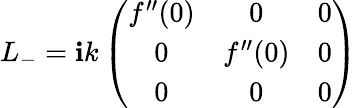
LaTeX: L_{-}=\mathbf{i}k\left(\begin{array}{ccc}{{f^{\prime\prime}(0)}}&{{0}}&{{0}}\\ {{0}}&{{f^{\prime\prime}(0)}}&{{0}}\\ {{0}}&{{0}}&{{0}}\end{array}\right)